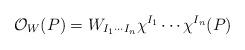
LaTeX: \begin{align*}{\cal O}_{W}(P) = W_{I_1\cdots I_n}\chi^{I_1}\cdots\chi^{I_n}(P)\end{align*}